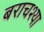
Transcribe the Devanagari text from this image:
बराचश्या